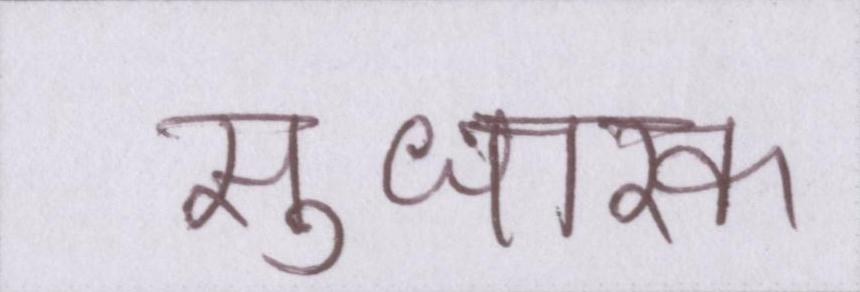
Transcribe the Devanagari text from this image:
सुधारक